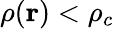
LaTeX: \rho(\mathbf{r})<\rho_{c}